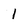
Character: I